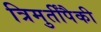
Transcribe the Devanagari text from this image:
त्रिमुर्तींपैकी